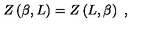
Z \left( \beta , L \right) = Z \left( L , \beta \right) \ ,